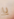
يا